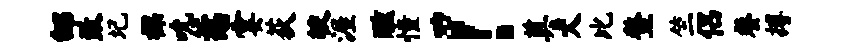
邰致圮裸吮惹霎荻较渥醺憧！奠犬比鳌竺侣餐搏